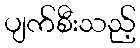
ပျက်စီးသည့်